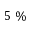
5 \ \%